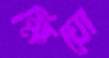
ক্ষিয়ো